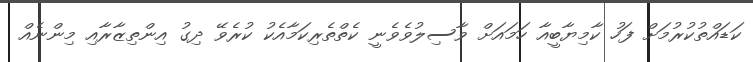
ކަޑައްތުކުރުމަށް ފަހު ކާމިޔާބީއާ ހަމައަށް ވާސިލުވެވެނީ ކެތްތެރިކަމާއެކު ކުރެވޭ ދިގު އިންތިޒާރާއި މިންނެއް